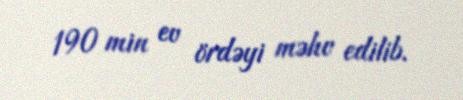
190 min ev ördəyi məhv edilib.